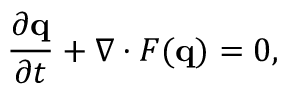
\frac { \partial \mathbf { q } } { \partial t } + \nabla \cdot F ( \mathbf { q } ) = 0 ,